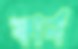
ফার্ন